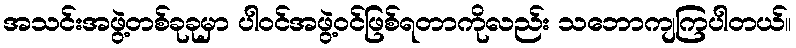
အသင်းအဖွဲ့တစ်ခုခုမှာ ပါဝင်အဖွဲ့ဝင်ဖြစ်ရတာကိုလည်း သဘောကျကြပါတယ်။